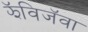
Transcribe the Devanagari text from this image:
झॅविजॅवा